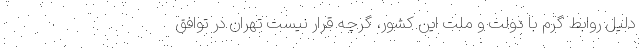
دلیل روابط گرم با دولت و ملت این کشور، گرچه قرار نیست تهران در توافق